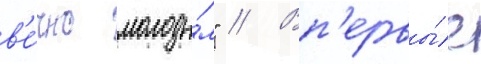
в'е́чно молоды́м" // Вп'ервы́е